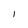
Character: l